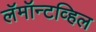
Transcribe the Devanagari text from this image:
लॅमॉन्टव्हिल